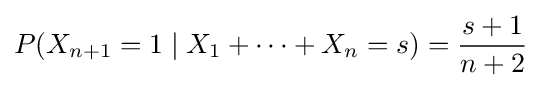
P(X_{n+1}=1\mid X_{1}+\cdots +X_{n}=s)={s+1 \over n+2}